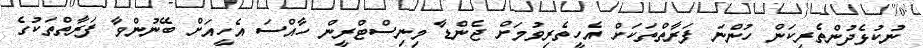
ނުކުޅެދުންތެރިކަން ހުންނަ ފަރާތްތަކަށް އެހީތެރިވުމަށް ޖެންޑާ މިނިސްޓްރީން ހާއްސަ އެހީއަށް ބޭނުންވާ ފަރާތްތަކުގެ